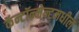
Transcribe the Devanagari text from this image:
कॅन्टॉन्मेन्टमधील